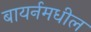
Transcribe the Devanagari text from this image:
बायर्नमधील